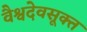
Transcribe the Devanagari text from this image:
वैश्वदेवसूक्त